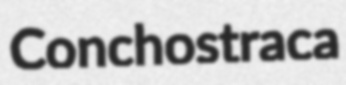
Conchostraca